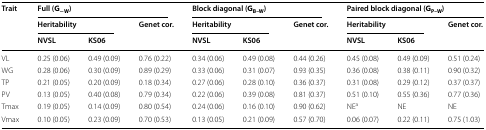
| <ROWSPAN=3> Trait | <COLSPAN=3> Full (G−W) | <COLSPAN=3> Block diagonal (GB–W) | <COLSPAN=3> Paired block diagonal (GP–W) |
 | <COLSPAN=2> Heritability | <ROWSPAN=2> Genet cor. | <COLSPAN=2> Heritability | <ROWSPAN=2> Genet cor. | <COLSPAN=2> Heritability | <ROWSPAN=2> Genet cor. |
 | NVSL | KS06 | NVSL | KS06 | NVSL | KS06 |
 | --- | --- | --- | --- | --- | --- | --- | --- | --- | --- |
 | VL | 0.25 (0.06) | 0.49 (0.09) | 0.76 (0.22) | 0.34 (0.06) | 0.49 (0.08) | 0.44 (0.26) | 0.45 (0.08) | 0.49 (0.09) | 0.51 (0.24) |
 | WG | 0.28 (0.06) | 0.30 (0.09) | 0.89 (0.29) | 0.33 (0.06) | 0.31 (0.07) | 0.93 (0.35) | 0.36 (0.08) | 0.38 (0.11) | 0.90 (0.32) |
 | TP | 0.21 (0.05) | 0.20 (0.09) | 0.18 (0.34) | 0.27 (0.06) | 0.28 (0.10) | 0.36 (0.37) | 0.31 (0.08) | 0.29 (0.12) | 0.37 (0.37) |
 | PV | 0.13 (0.05) | 0.40 (0.08) | 0.79 (0.34) | 0.22 (0.06) | 0.39 (0.08) | 0.81 (0.37) | 0.51 (0.10) | 0.55 (0.36) | 0.77 (0.36) |
 | Tmax | 0.19 (0.05) | 0.14 (0.09) | 0.80 (0.54) | 0.24 (0.06) | 0.16 (0.10) | 0.90 (0.62) | NEa | NE | NE |
 | Vmax | 0.10 (0.05) | 0.23 (0.09) | 0.70 (0.53) | 0.13 (0.05) | 0.21 (0.09) | 0.57 (0.70) | 0.06 (0.07) | 0.22 (0.11) | 0.75 (1.03) |